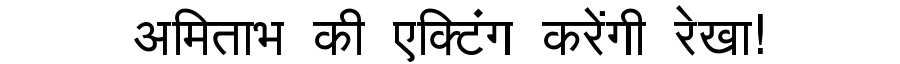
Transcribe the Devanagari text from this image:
अमिताभ की एक्टिंग करेंगी रेखा!